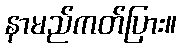
နာမည်ကတ်ပြား။